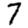
Digit: 7